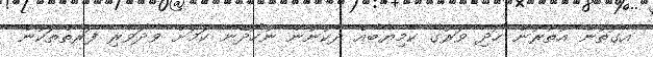
އެގޮތުން އުތުރުން ހޯދި ވަރުގެ ކާމިޔާބެއް ދެކުނުން ނުހޯދޭނެ ކަމަށް ވާދަވެރި ފަރާތްތަކުން